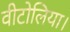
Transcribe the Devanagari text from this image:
वीटोलिया।